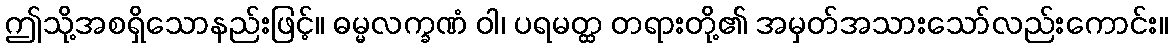
ဤသို့အစရှိသောနည်းဖြင့်။ ဓမ္မလက္ခဏံ ဝါ၊ ပရမတ္ထ တရားတို့၏ အမှတ်အသားသော်လည်းကောင်း။